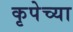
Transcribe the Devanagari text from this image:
कृपेच्या